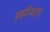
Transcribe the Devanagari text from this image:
इष्टिकर्ता